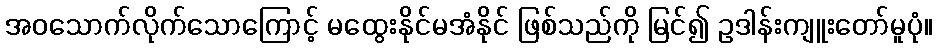
အဝသောက်လိုက်သောကြောင့် မထွေးနိုင်မအံနိုင် ဖြစ်သည်ကို မြင်၍ ဥဒါန်းကျူးတော်မူပုံ။